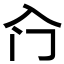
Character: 𱏱